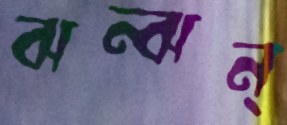
ঝন্‌ঝন্‌